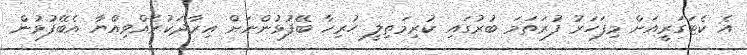
އެ ކެޓަގަރީއަށް މިފަހަރު ފުރަތަމަ ބުރުގައި ކުރިމަތިލީ ހުރިހާ ބޭފުޅުންނަށް އިރާދަކުރެއްވިއްޔާ އެބޭފުޅުން